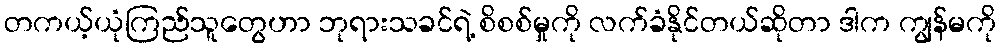
တကယ့်ယုံကြည်သူတွေဟာ ဘုရားသခင်ရဲ့ စိစစ်မှုကို လက်ခံနိုင်တယ်ဆိုတာ ဒါက ကျွန်မကို